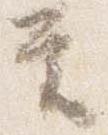
覚